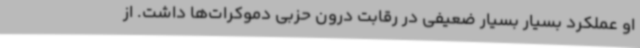
او عملکرد بسیار بسیار ضعیفی در رقابت درون حزبی دموکرات‌ها داشت. از